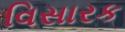
વિસારક